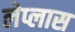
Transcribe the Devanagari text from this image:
लेप्लास